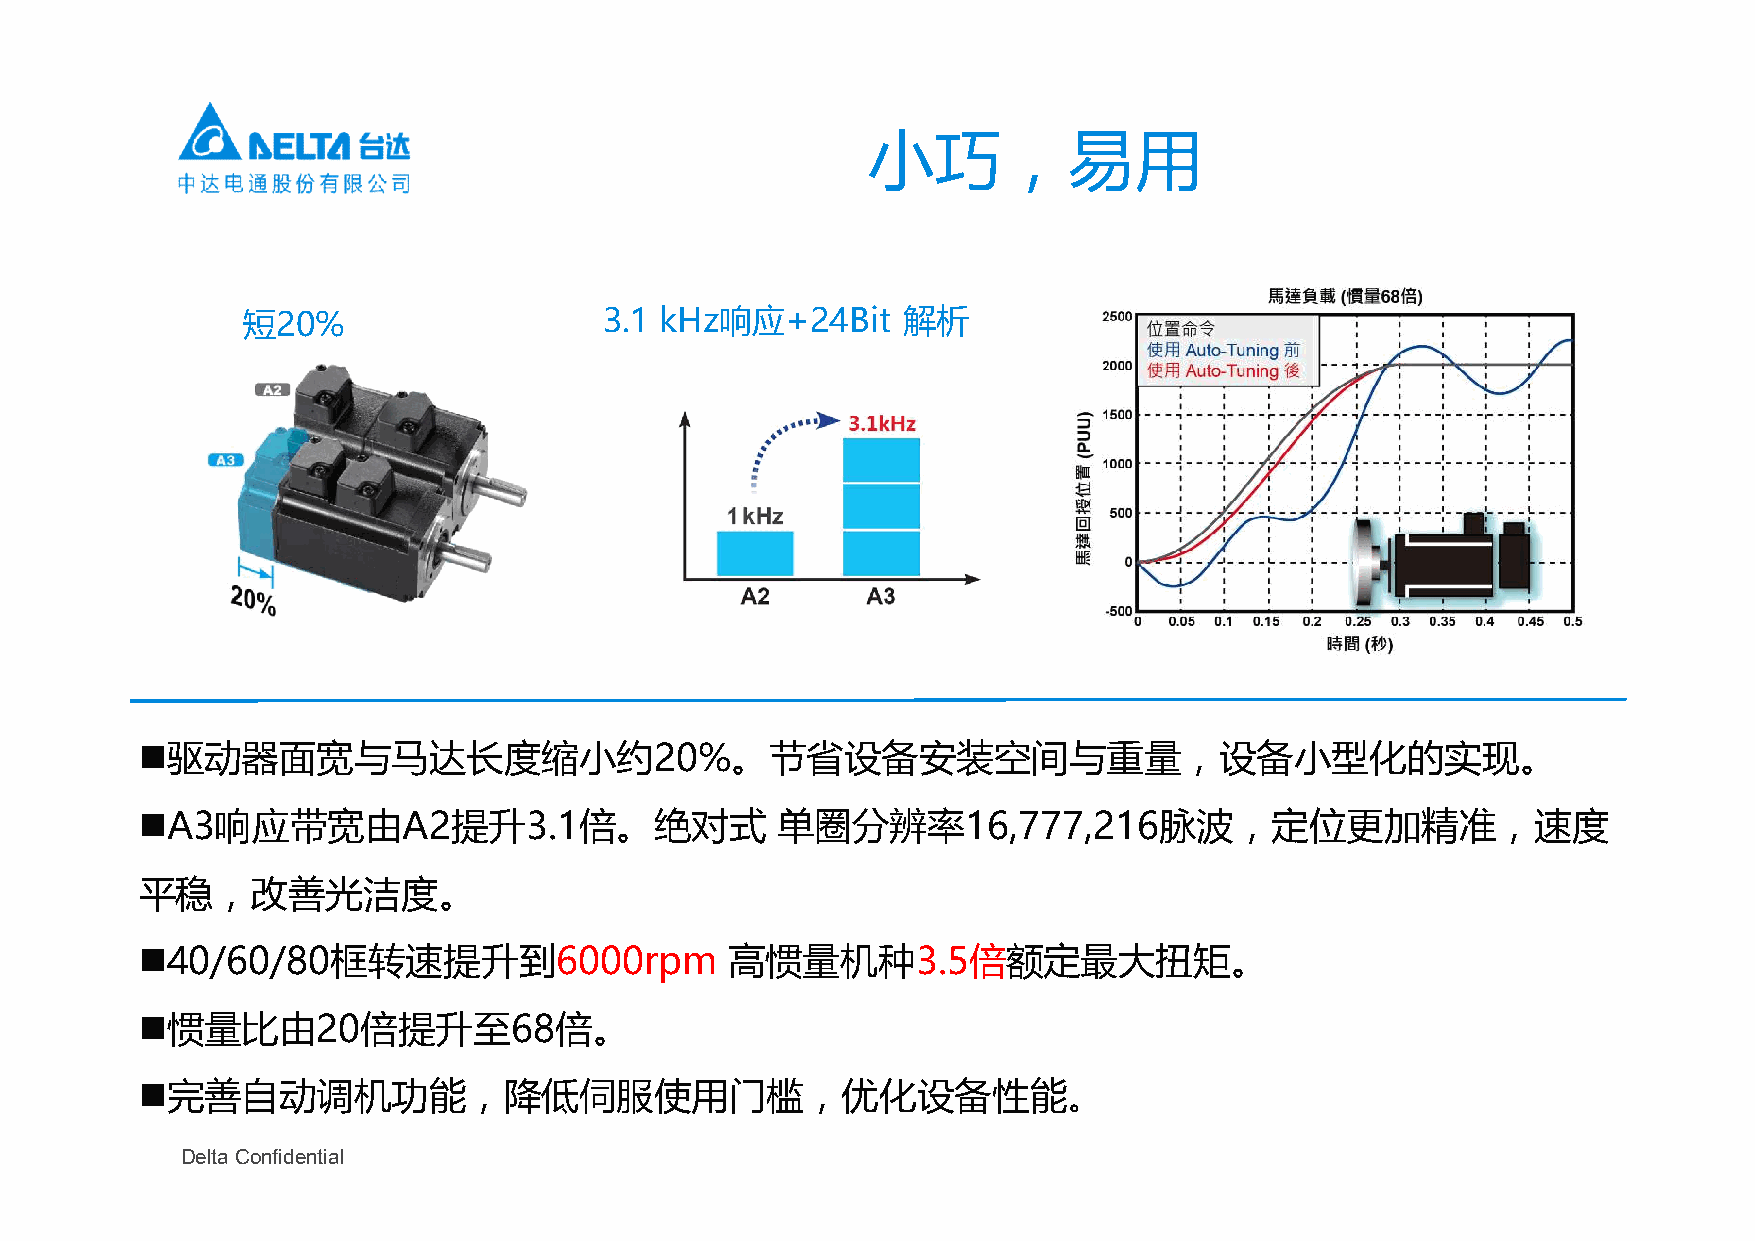
小巧，易用
 短20%                    3.1 kHz响应+24Bit     解析
 驱动器面宽与马达长度缩小约20%。节省设备安装空间与重量，设备小型化的实现。
 A3响应带宽由A2提升3.1倍。绝对式                      单圈分辨率16,777,216脉波，定位更加精准，速度
 平稳，改善光洁度。
 40/60/80框转速提升到6000rpm                 高惯量机种3.5倍额定最大扭矩。
 惯量比由20倍提升至68倍。
 完善自动调机功能，降低伺服使用门槛，优化设备性能。
 Delta Confidential